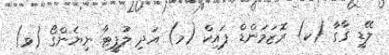
ލޭޑީ ގާގާ (ކ) ރޮޒަމަންޑް ޕައިކް (މ) އަދި ލުޕީޓާ ނިޔެންގޯ (ވ)